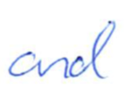
Text: and
Cross-out: clean
Writing tool: ballpoint